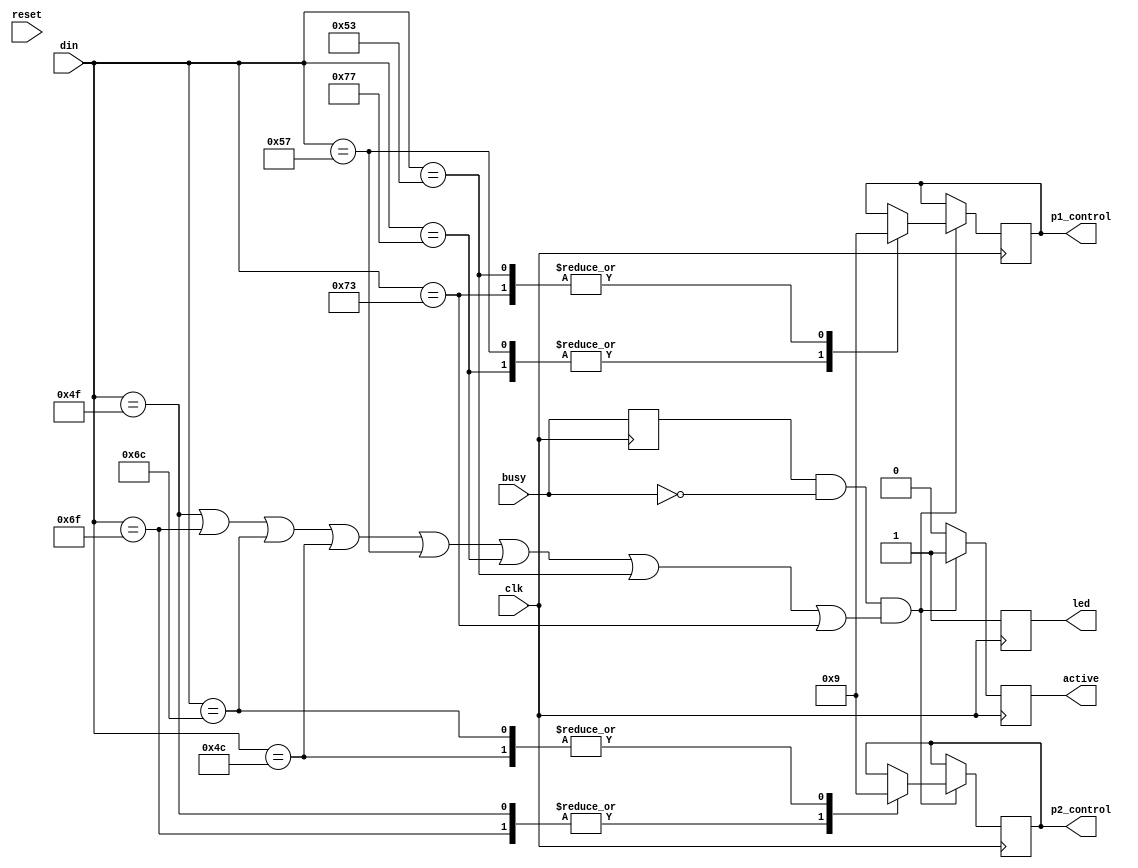
module uartTx(
        output reg [1:0] p1_control,
        output reg [1:0] p2_control,
        output active,
        output reg led,
        input reset,
        input busy,
        input clk,
        input [7:0] din
    );
    reg last_status;
    reg read;
    reg [9:0] counter;
    reg [7:0] buffer;
    reg active;
    
    always@(posedge clk) begin
    /*
            if (reset) begin
                active = 1'b0;
                p1_control = 2'b00;
                p2_control = 2'b00;
                led = 0;
            end
            
      */ 
                led = 1;
                if (last_status && !busy && (din == 8'd79 || din == 8'd111 || din == 8'd108 || din == 8'd76 || din == 8'd87 || din == 8'd119 || din == 8'd83 || din == 8'd115 ) ) begin
                    case(din) 
                        8'd79: p2_control = 2'b10;
                        8'd111: p2_control = 2'b10;
                        8'd76: p2_control = 2'b01;
                        8'd108: p2_control = 2'b01;
                        8'd87: p1_control = 2'b10;
                        8'd119: p1_control = 2'b10;
                        8'd83: p1_control = 2'b01;
                        8'd115: p1_control = 2'b01;
                    endcase
                    active = 1;
                end else begin
                    active = 0;
                end
                counter <= (read == 1 ) ? counter + 1: 0;
                last_status <= busy;
           
    end
    
    
    
endmodule